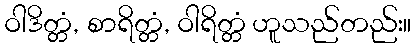
ဝါဒိတ္တံ, စာရိတ္တံ, ဝါရိတ္တံ ဟူသည်တည်း။